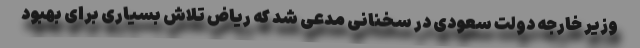
وزیر خارجه دولت سعودی در سخنانی مدعی شد که ریاض تلاش بسیاری برای بهبود